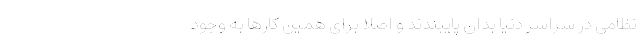
نظامی در سراسر دنیا بدان پایبندند و اصلا برای همین کارها به وجود